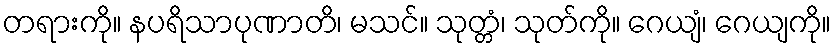
တရားကို။ နပရိသာပုဏာတိ၊ မသင်။ သုတ္တံ၊ သုတ်ကို။ ဂေယျံ၊ ဂေယျကို။